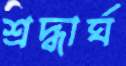
শ্রদ্ধার্ঘ